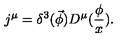
j ^ { \mu } = \delta ^ { 3 } ( \vec { \phi } ) D ^ { \mu } ( \frac \phi x ) .